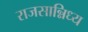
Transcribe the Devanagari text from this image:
राजसान्निध्य